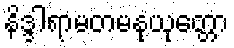
နိဒ္ဒါရာမတမနုယုတ္တော